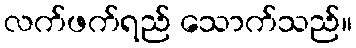
လက်ဖက်ရည် သောက်သည်။